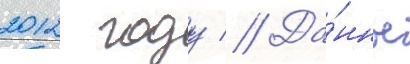
2012 году // Да́нное